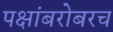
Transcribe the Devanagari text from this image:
पक्षांबरोबरच